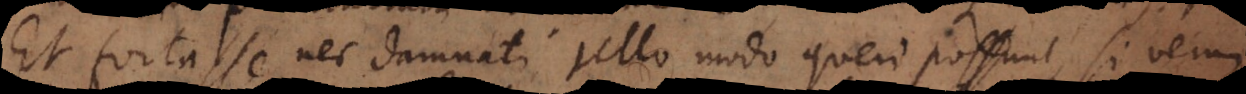
Et fortasse nec damnati ullo modo queri possunt, si verum